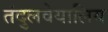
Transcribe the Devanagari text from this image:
तंदुलवेयालिय